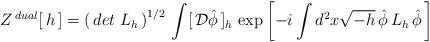
LaTeX: \begin{align*}Z^{\, dual}[\,h\,]=\left(\, det\; L_h\, \right)^{1/2}\,\int[\,{\cal D}\hat\phi\,]_h\,\exp\left[ -i\int d^2x \sqrt{-h}\,\hat\phi\, L_h\,\hat\phi\,\right]\end{align*}